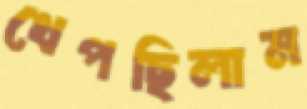
খেপছিলাম